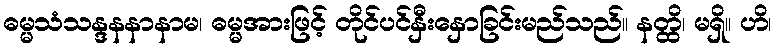
ဓမ္မသံသန္ဒနနာနာမ၊ ဓမ္မအားဖြင့် တိုင်ပင်နှီးနှောခြင်းမည်သည်။ နတ္ထိ၊ မရှိ။ ဟိ၊